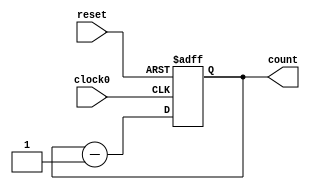
// This program was cloned from: https://github.com/tangxifan/micro_benchmark
// License: MIT License

/////////////////////////////////////////
//  Functionality: 16 bit negedge triggered down counter 
////////////////////////////////////////

module counterdown16_1clk_negedge_async_resetp(clock0, reset, count);

	input clock0, reset;
	output [15:0] count;
	reg [15:0] count;                                   
	
	initial begin
      	  count <= 16'hffff;
    	end 

	always @ (negedge clock0 or posedge reset) begin
		if (reset == 1'b1) begin
			count <= 16'hffff;
		end 
		else begin
			count <= count - 1;
		end
	end

endmodule